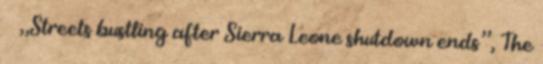
↑ „Streets bustling after Sierra Leone shutdown ends”, The